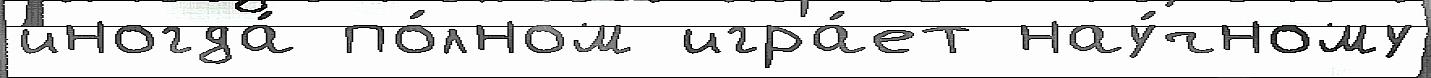
иногда́ по́лном игра́ет нау́чному